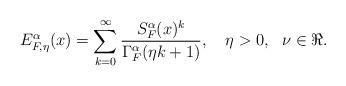
LaTeX: \begin{align*} E_{F,\eta}^{\alpha}(x)=\sum_{k=0}^{\infty}\frac{S_{F}^{\alpha}(x)^k} {\Gamma_{F}^{\alpha}(\eta k+1)},~~~\eta>0,~~\nu\in \Re.\end{align*}